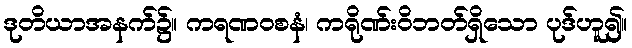
ဒုတိယာအနက်၌။ ကရဏဝစနံ၊ ကရိုဏ်းဝိဘတ်ရှိသော ပုဒ်ဟူ၍။